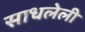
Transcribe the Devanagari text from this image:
साधलेली